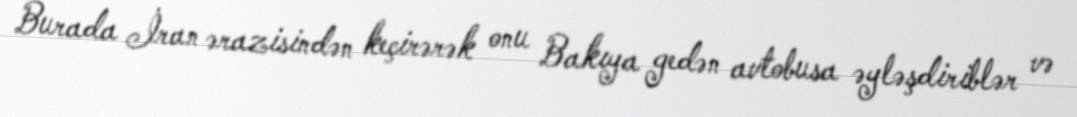
Burada İran ərazisindən keçirərək onu Bakıya gedən avtobusa əyləşdiriblər və